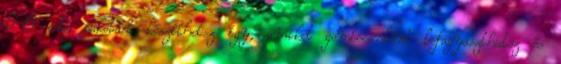
5-6 adag pakolást készíthetsz így, amiket gombóconként lefagyaszthatsz és